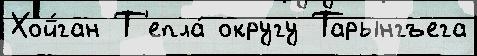
Хой́ган Т'епла́ округу Тарынгъега